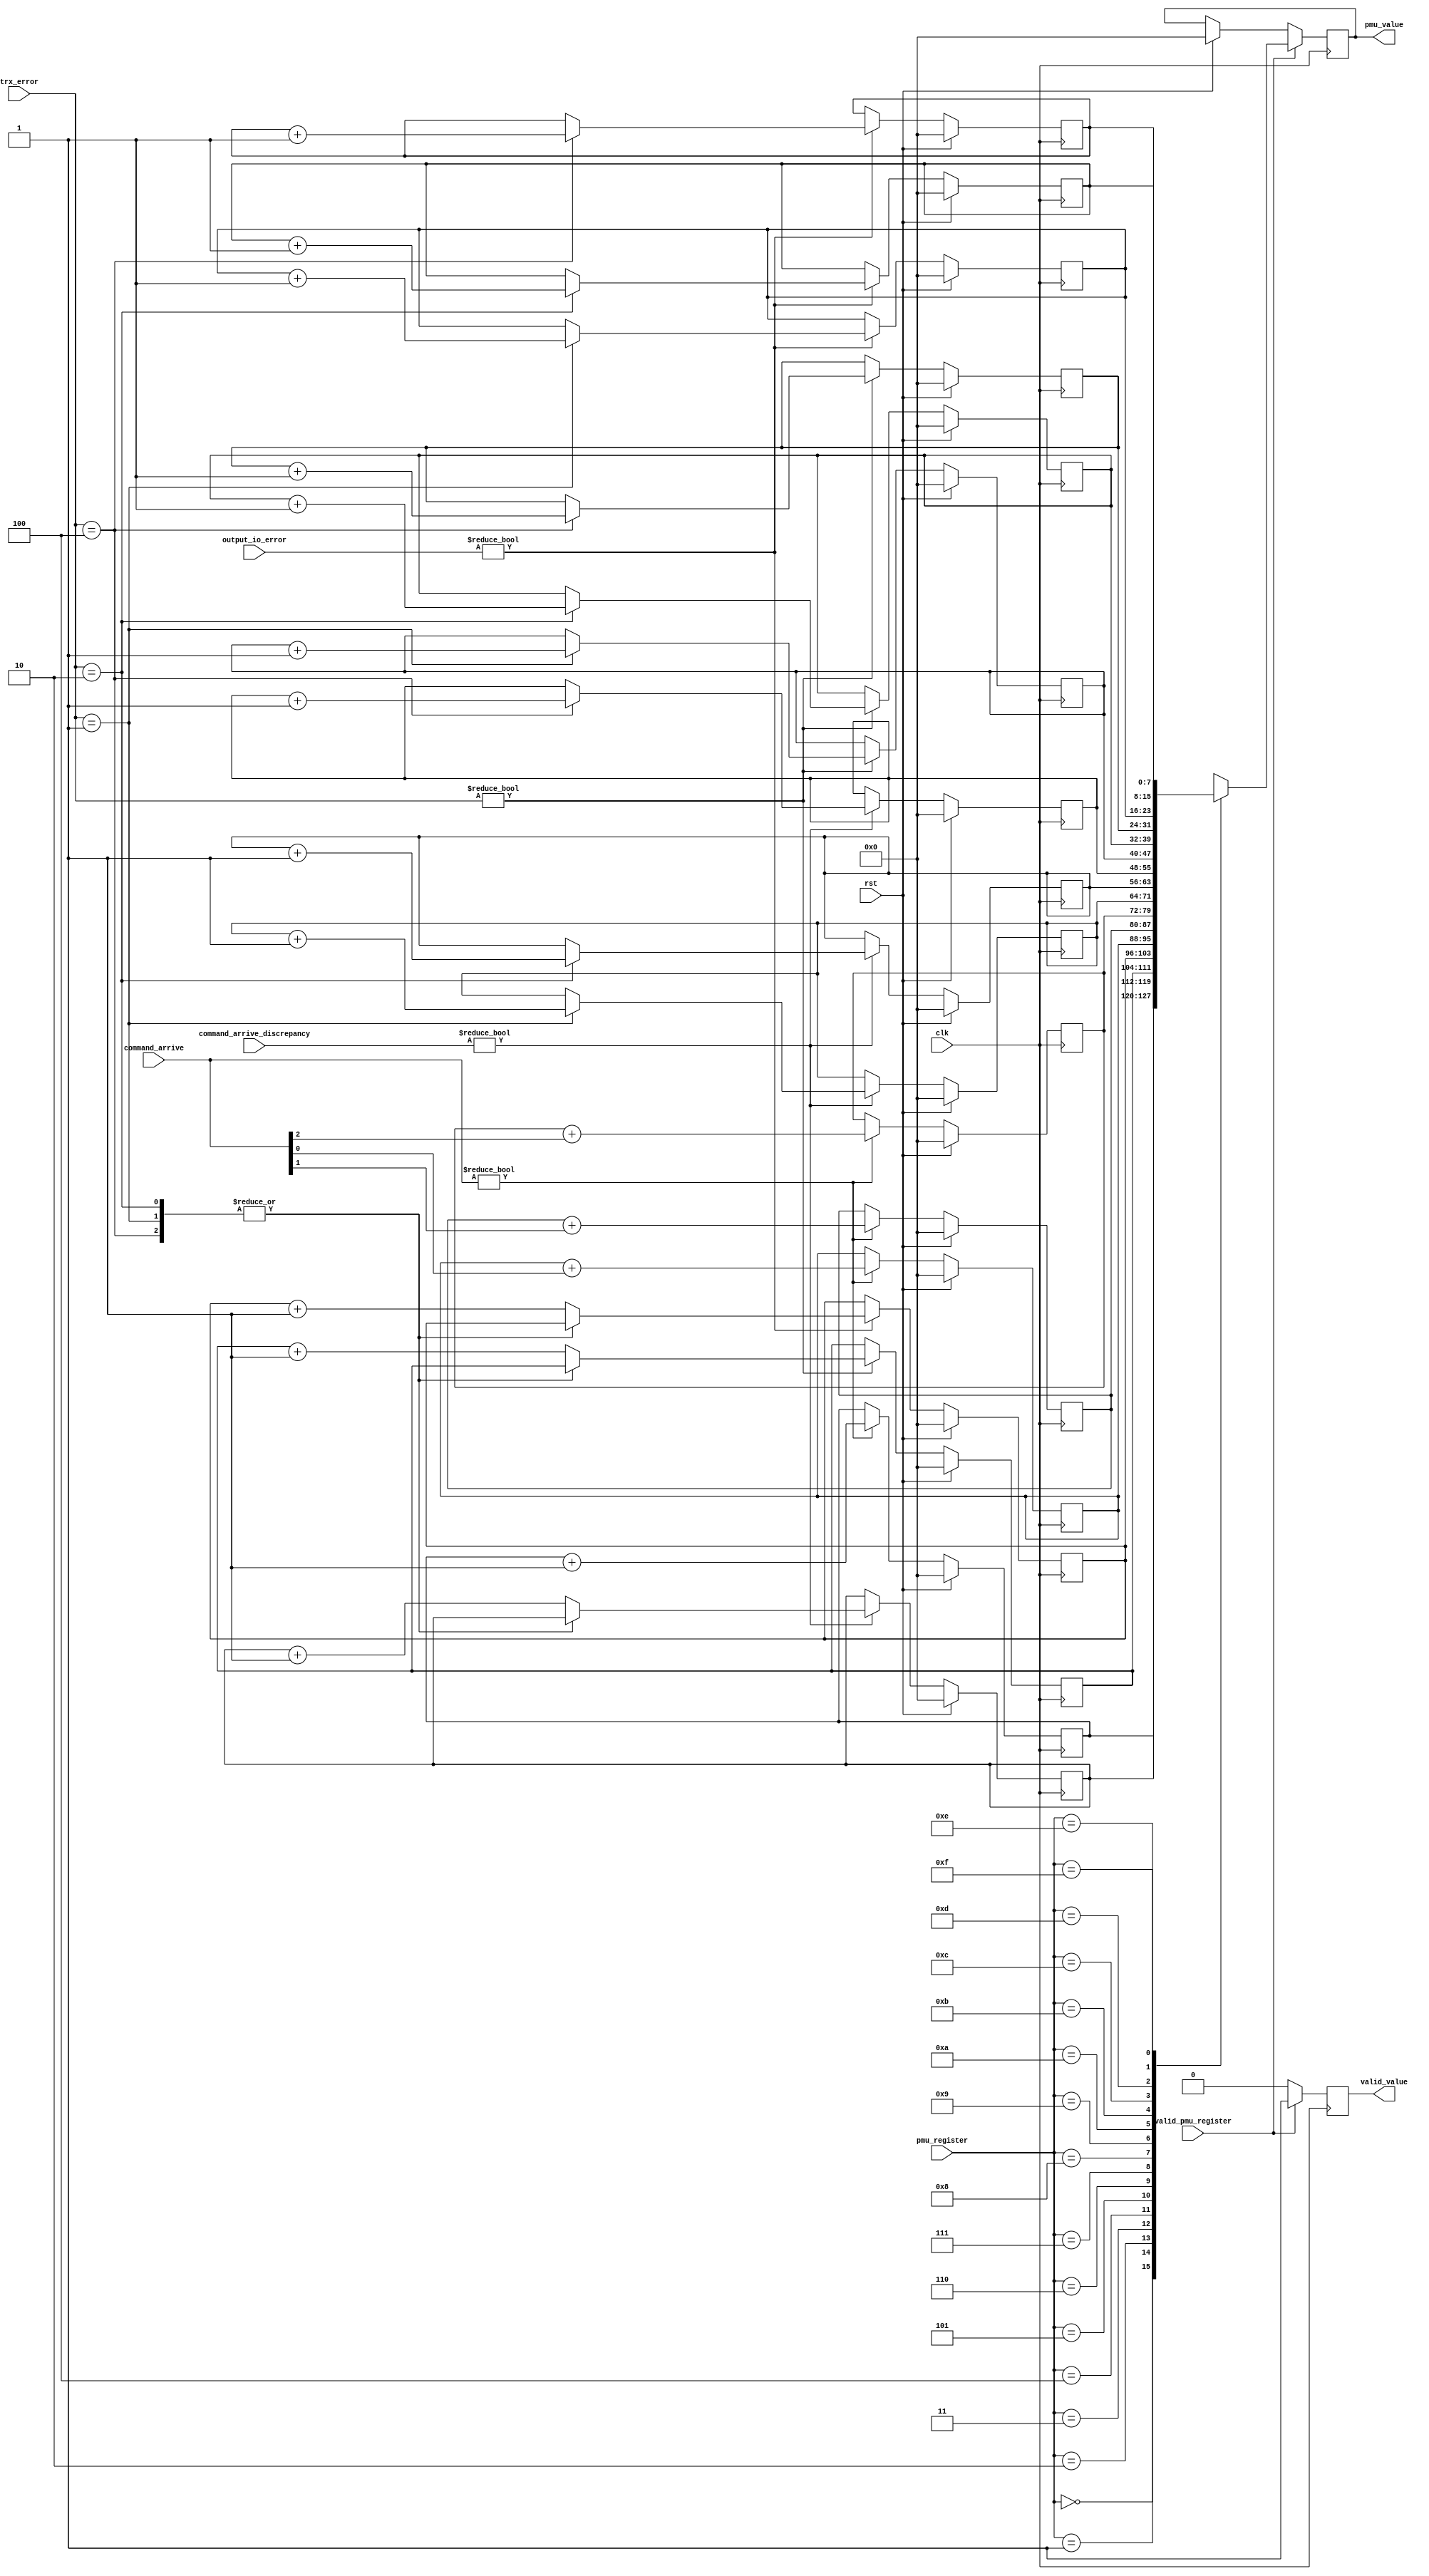
`timescale 1ns / 1ps
//////////////////////////////////////////////////////////////////////////////////
// Company: 
// Engineer: 
// 
// Design Name: 
// Module Name: pmu_module
// Project Name: 
// Target Devices: 
// Tool Versions: 
// Description: 
// 
// Dependencies: 
// 
// Revision:
// Revision 0.01 - File Created
// Additional Comments:
// 
//////////////////////////////////////////////////////////////////////////////////


module pmu_module #
(
    // Users to add parameters here
    parameter COUNTERSIZE = 8,
    parameter REGISTER_SIZE = 4
	)
(
    input clk,
    input rst,
    input  wire [2:0] trx_error,
    input  wire [2:0] output_io_error,
    input  wire [2:0] command_arrive,
    input  wire  [2:0] command_arrive_discrepancy,
    input  wire  [REGISTER_SIZE-1:0] pmu_register,
    input  wire  valid_pmu_register,
    output reg  [COUNTERSIZE-1:0] pmu_value,
    output reg  valid_value

    );

    reg [COUNTERSIZE-1:0] total_errors_trx                  [0:2];
    reg [COUNTERSIZE-1:0] total_errors_io                   [0:2];
    reg [COUNTERSIZE-1:0] total_command_arrive              [0:2];
    reg [COUNTERSIZE-1:0] total_command_arrive_discrepancy  [0:2];
    reg [COUNTERSIZE-1:0] total_unrecobable_errors_trx;
    reg [COUNTERSIZE-1:0] total_unrecobable_errors_io;
    reg [COUNTERSIZE-1:0] total_unrecobable_commands;
    (* mark_debug = "true" *) reg [COUNTERSIZE-1:0] total_request;


    always @(posedge clk) begin
        if (rst) begin
            total_errors_trx[0]                 <= {COUNTERSIZE {1'b0}};
            total_errors_trx[1]                 <= {COUNTERSIZE {1'b0}};
            total_errors_trx[2]                 <= {COUNTERSIZE {1'b0}};
            total_errors_io[0]                  <= {COUNTERSIZE {1'b0}};
            total_errors_io[1]                  <= {COUNTERSIZE {1'b0}};
            total_errors_io[2]                  <= {COUNTERSIZE {1'b0}};
            total_command_arrive[0]             <= {COUNTERSIZE {1'b0}};
            total_command_arrive[1]             <= {COUNTERSIZE {1'b0}};
            total_command_arrive[2]             <= {COUNTERSIZE {1'b0}};
            total_command_arrive_discrepancy[0] <= {COUNTERSIZE {1'b0}};
            total_command_arrive_discrepancy[1] <= {COUNTERSIZE {1'b0}};
            total_command_arrive_discrepancy[2] <= {COUNTERSIZE {1'b0}};
            total_unrecobable_errors_trx        <= {COUNTERSIZE {1'b0}};
            total_unrecobable_errors_io         <= {COUNTERSIZE {1'b0}};
            total_unrecobable_commands          <= {COUNTERSIZE {1'b0}};
            total_request                       <= {COUNTERSIZE {1'b0}};
            valid_value                         <= 1'b0;
            pmu_value                           <= {COUNTERSIZE {1'b0}};
        end
        else begin
            // reseting valid_value
            valid_value <= 1'b0;
            // couting errors 
            if (trx_error != 3'b000) begin
                case (trx_error)
                    3'b001:  total_errors_trx[0] <= total_errors_trx[0] + 1;
                    3'b010:  total_errors_trx[1] <= total_errors_trx[1] + 1;
                    3'b100:  total_errors_trx[2] <= total_errors_trx[2] + 1;
                    default: total_unrecobable_errors_trx <= total_unrecobable_errors_trx + 1;
                endcase
            end 
            if (output_io_error != 3'b000) begin
                case (trx_error)
                    3'b001:  total_errors_io[0] <= total_errors_io[0] + 1;
                    3'b010:  total_errors_io[1] <= total_errors_io[1] + 1;
                    3'b100:  total_errors_io[2] <= total_errors_io[2] + 1;
                    default: total_unrecobable_errors_io <= total_unrecobable_errors_io + 1;
                endcase
            end
            if (command_arrive != 3'b000) begin
                // general counter
                total_request <= total_request +1;
                // specific counter
                total_command_arrive[0] <=  total_command_arrive[0] + command_arrive[0];
                total_command_arrive[1] <=  total_command_arrive[1] + command_arrive[1];
                total_command_arrive[2] <=  total_command_arrive[2] + command_arrive[2];
            end
            if (command_arrive_discrepancy != 3'b000) begin
                case (trx_error)
                    3'b001:  total_command_arrive_discrepancy[0] <= total_command_arrive_discrepancy[0] + 1;
                    3'b010:  total_command_arrive_discrepancy[1] <= total_command_arrive_discrepancy[1] + 1;
                    3'b100:  total_command_arrive_discrepancy[2] <= total_command_arrive_discrepancy[2] + 1;
                    default: total_unrecobable_commands <= total_unrecobable_commands + 1;
                endcase
            end

        end
        // PMU response
        if (valid_pmu_register) begin
            case (pmu_register)
                4'h0: pmu_value <= total_request;
                4'h1: pmu_value <= total_unrecobable_commands;
                4'h2: pmu_value <= total_unrecobable_errors_trx;
                4'h3: pmu_value <= total_unrecobable_errors_io;
                4'h4: pmu_value <= total_command_arrive[0];
                4'h5: pmu_value <= total_command_arrive[1];
                4'h6: pmu_value <= total_command_arrive[2];
                4'h7: pmu_value <= total_command_arrive_discrepancy[0];
                4'h8: pmu_value <= total_command_arrive_discrepancy[1];
                4'h9: pmu_value <= total_command_arrive_discrepancy[2];
                4'hA: pmu_value <= total_errors_trx[0];
                4'hB: pmu_value <= total_errors_trx[1];
                4'hC: pmu_value <= total_errors_trx[2];
                4'hD: pmu_value <= total_errors_io[0];
                4'hE: pmu_value <= total_errors_io[1];
                4'hF: pmu_value <= total_errors_io[2];
                default: pmu_value <= {COUNTERSIZE {1'b0}};
            endcase
            valid_value <= 1'b1;
        end
    end
endmodule